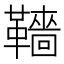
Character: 𩍙